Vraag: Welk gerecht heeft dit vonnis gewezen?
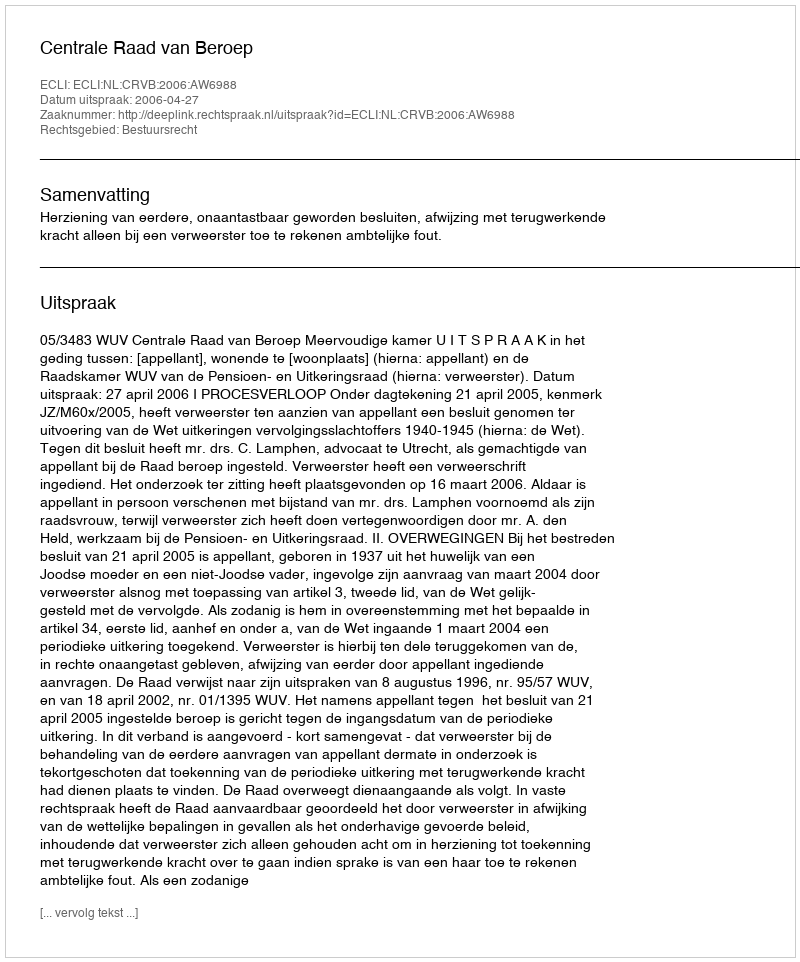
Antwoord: Centrale Raad van Beroep